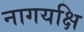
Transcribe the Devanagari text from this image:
नागयक्षि